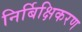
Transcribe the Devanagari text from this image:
निर्बिक्षिकरण